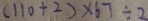
( 1 1 0 + 2 ) \times 6 7 \div 2